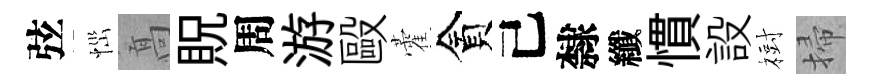
弦𢙉髙貺周游毆藿貪己隸纖慣設𣗳掃